Plague in India, 1896, 1897 - Volume 2
Year: 1896
Disease focus: Plague
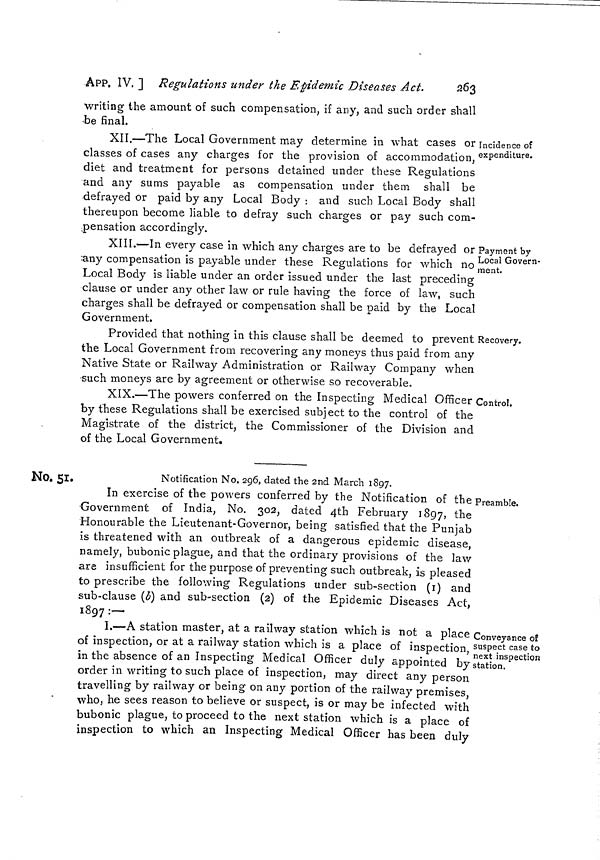
263
APP. IV. ] Regulations under the Epidemic Diseases Act.
writing the amount of such compensation, if any, and such order shall
•be final.
Incidence of
expenditure.
XII.—The Local Government may determine in what cases or
classes of cases any charges for the provision of accommodation,
diet and treatment for persons detained under these Regulations
and any sums payable as compensation under them shall be
defrayed or paid by any Local Body : and such Local Body shall
thereupon become liable to defray such charges or pay such com-
pensation accordingly.
Payment by
Local Govern-
ment.
XIII.—In every case in which any charges are to be defrayed or
any compensation is payable under these Regulations for which no
Local Body is liable under an order issued under the last preceding
clause or under any other law or rule having the force of law, such
charges shall be defrayed or compensation shall be paid by the Local
Government.
Recovery.
Provided that nothing in this clause shall be deemed to prevent
the Local Government from recovering any moneys thus paid from any
Native State or Railway Administration or Railway Company when
such moneys are by agreement or otherwise so recoverable.
Control.
XIX.—The powers conferred on the Inspecting Medical Officer <
by these Regulations shall be exercised subject to the control of the
Magistrate of the district, the Commissioner of the Division and
of the Local Government.
Notification No. 296, dated the 2nd March 1897.
No. 51.
Preamble.
In exercise of the powers conferred by the Notification of the
Government of India, No. 302, dated 4th February 1897, the
Honourable the Lieutenant-Governor, being satisfied that the Punjab
is threatened with an outbreak of a dangerous epidemic disease,
namely, bubonic plague, and that the ordinary provisions of the law
are insufficient for the purpose of preventing such outbreak, is pleased
to prescribe the following Regulations under sub-section (1) and
sub-clause (b] and sub-section (2) of the Epidemic Diseases Act,
1897 :-
Conveyance oí
suspect case to
next inspection
station.
I.—A station master, at a railway station which is not a place
of inspection, or at a railway station which is a place of inspection,
in the absence of an Inspecting Medical Officer duly appointed by
order in writing to such place of inspection, may direct any person
travelling by railway or being on any portion of the railway premises,
who, he sees reason to believe or suspect, is or may be infected with
bubonic plague, to proceed to the next station which is a place of
inspection to which an Inspecting Medical Officer has been duly